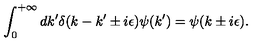
\int _ { 0 } ^ { + \infty } d k ^ { \prime } \delta ( k - k ^ { \prime } \pm i \epsilon ) \psi ( k ^ { \prime } ) = \psi ( k \pm i \epsilon ) .